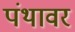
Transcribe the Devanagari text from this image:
पंथावर